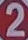
2